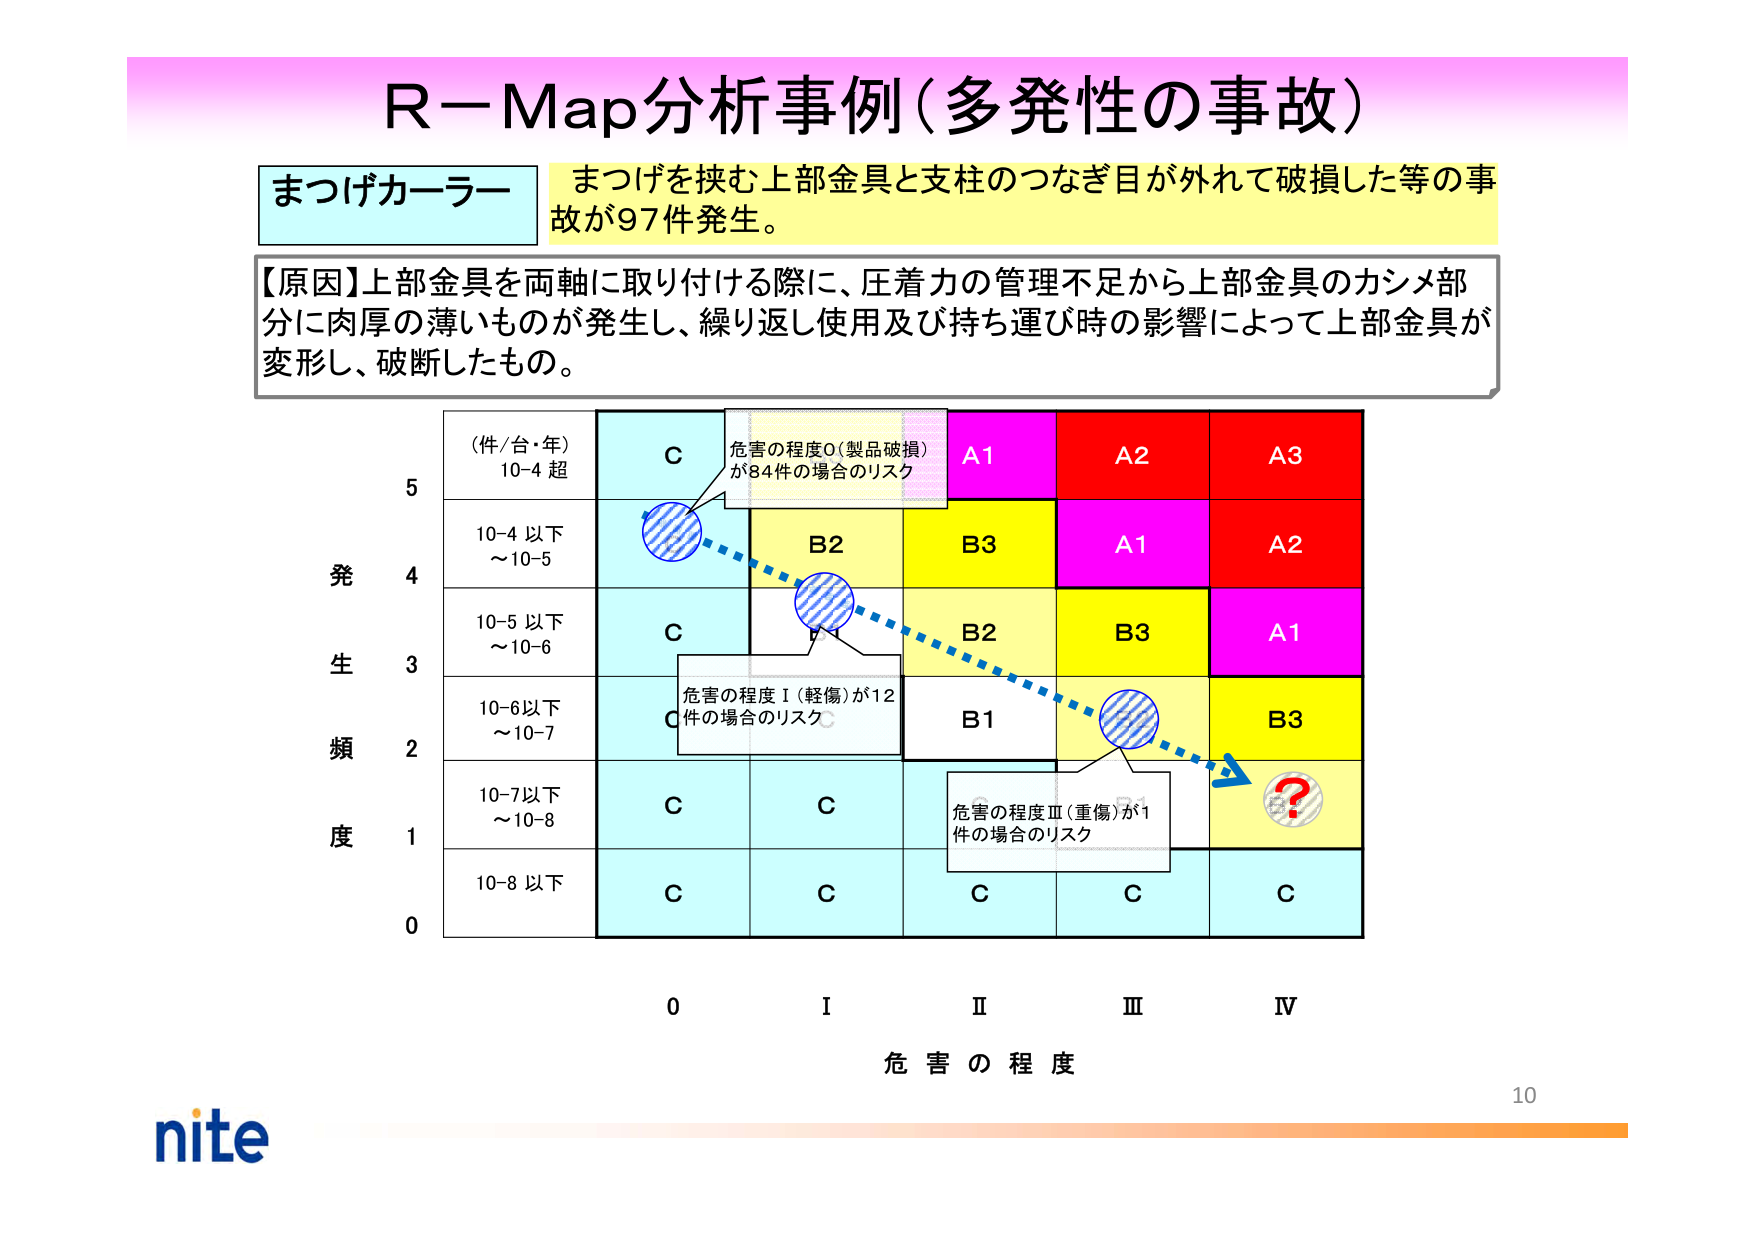
R－Map分析事例（多発性の事故）

まつげカーラー　まつげを挟む上部金具と支柱のつなぎ目が外れて破損した等の事故が97件発生。

【原因】上部金具を両軸に取り付ける際に、圧着力の管理不足から上部金具のカシメ部分に肉厚の薄いものが発生し、繰り返し使用及び持ち運び時の影響によって上部金具が変形し、破断したもの。

（件/台・年）
10-4 超
C
危害の程度0（製品破損）が84件の場合のリスク
A1
A2
A3

10-4 以下
～10-5
B2
B3
A1
A2

発
生
頻
度
10-5 以下
～10-6
C
B2
B3
A1

10-6以下
～10-7
C
危害の程度Ⅰ（軽傷）が12件の場合のリスク
B1
B3

10-7以下
～10-8
C
C
危害の程度Ⅲ（重傷）が1件の場合のリスク

10-8 以下
C
C
C
C
C

0　　I　　Ⅱ　　Ⅲ　　Ⅳ
危害の程度

nite
10